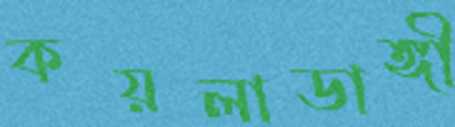
কয়লাডাঙ্গী